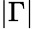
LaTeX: \lvert\Gamma\rvert